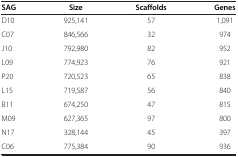
| SAG | Size | Scaffolds | Genes |
 | --- | --- | --- | --- |
 | D10 | 925,141 | 57 | 1,091 |
 | C07 | 846,566 | 32 | 974 |
 | J10 | 792,980 | 82 | 952 |
 | L09 | 774,923 | 76 | 921 |
 | P20 | 720,523 | 65 | 838 |
 | L15 | 719,587 | 56 | 840 |
 | B11 | 674,250 | 47 | 815 |
 | M09 | 627,365 | 97 | 800 |
 | N17 | 328,144 | 45 | 397 |
 | C06 | 775,384 | 90 | 936 |